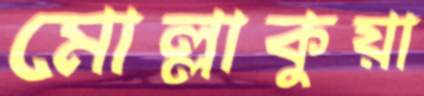
মোল্লাকুয়া